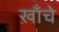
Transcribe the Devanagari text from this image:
ख़ाँचे